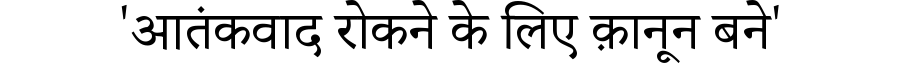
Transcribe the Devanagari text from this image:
'आतंकवाद रोकने के लिए क़ानून बने'